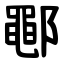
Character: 鄳